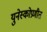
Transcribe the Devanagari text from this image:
युनेस्कोप्रणीत